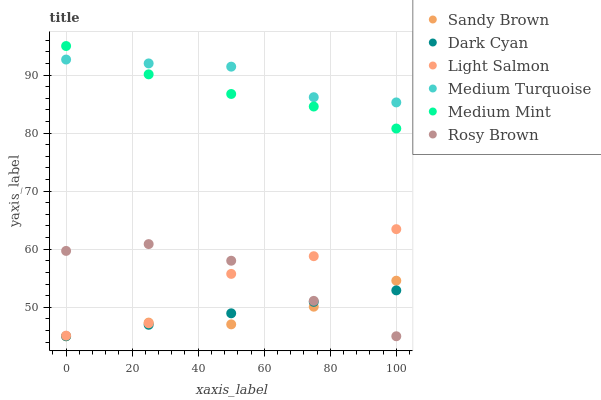
| xaxis_label | Sandy Brown | Dark Cyan | Light Salmon | Medium Turquoise | Medium Mint | Rosy Brown |
 | --- | --- | --- | --- | --- | --- | --- |
 | 0 | 45 | 45 | 45.1 | 92.7 | 95 | 59.7 |
 | 25 | 47.4 | 47 | 47.2 | 92 | 90.1 | 60.9 |
 | 50 | 47 | 49 | 55.7 | 91.4 | 86.7 | 58 |
 | 75 | 50.1 | 50.9 | 58.8 | 86.2 | 84.6 | 51.1 |
 | 100 | 54.6 | 52.9 | 63.5 | 85.3 | 80.8 | 45 |